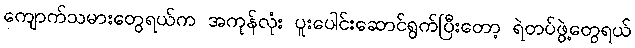
ကျောက်သမားတွေရယ်က အကုန်လုံး ပူးပေါင်းဆောင်ရွက်ပြီးတော့ ရဲတပ်ဖွဲ့တွေရယ်